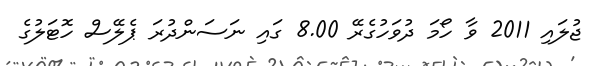
ޖުލައި 2011 ވާ ހޯމަ ދުވަހުގެރޭ 8.00 ގައި ނަސަންދުރަ ޕެލޭސް ހޮޓަލުގެ